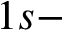
1 s -